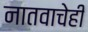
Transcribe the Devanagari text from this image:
नातवाचेही